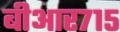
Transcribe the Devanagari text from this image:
बीआर७१५